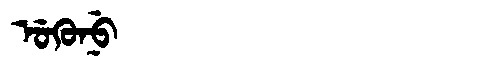
Manchu: ᡠᡴᡠᠨᡠ
Romanization: UKUNU